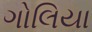
ગોલિયા